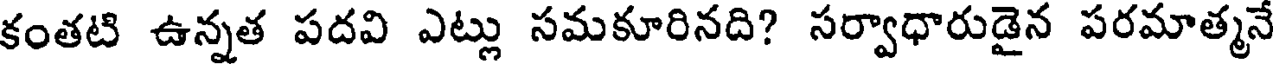
కంతటి ఉన్నత పదవి ఎట్లు సమకూరినది? సర్వాధారుడైన పరమాత్మనే